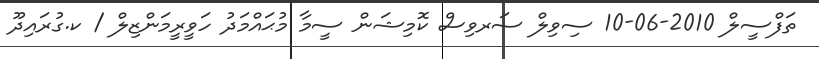
ތަފްސީލް 2010-06-10 ސިވިލް ސަރވިސް ކޮމިޝަން ސީމާ މުޙައްމަދު ހަވީރީމަންޒިލް / ކ.ގުރައިދޫ